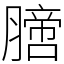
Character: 膪